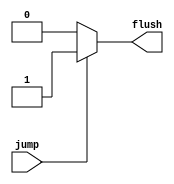
module Jump_hazard_unit (
    jump,
    flush
);

input jump;
output reg flush;
always @(*) begin
    if (jump) begin
        flush=1'b1; 
    end else begin
        flush=1'b0; 
    end
end
    
endmodule